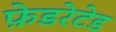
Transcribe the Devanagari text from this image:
फ़ेडरेटेड